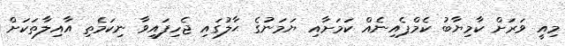
މިއީ ވަރަށް ކާމިޔާބު ކެމްޕެއިނެއް ކަމަށާއި ޔަމަނުގެ ޙާލުގައި ޖެހިފައިވާ ނިކަމެތި އާއިލާތަކަށް